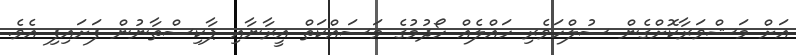
އަށް މަޝްވަރާކޮށްގެން ސުލްހަވެރި ހައްލެއް ހޯދުމުގެ މަސައްކަތް އީރާނާއި ޕާކިސްތާނުން ފަށައިފި އެވެ.